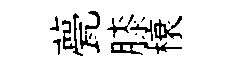
甍膝榱